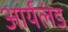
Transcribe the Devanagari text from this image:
आर्यलंड